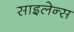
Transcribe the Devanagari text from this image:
साइलेन्स